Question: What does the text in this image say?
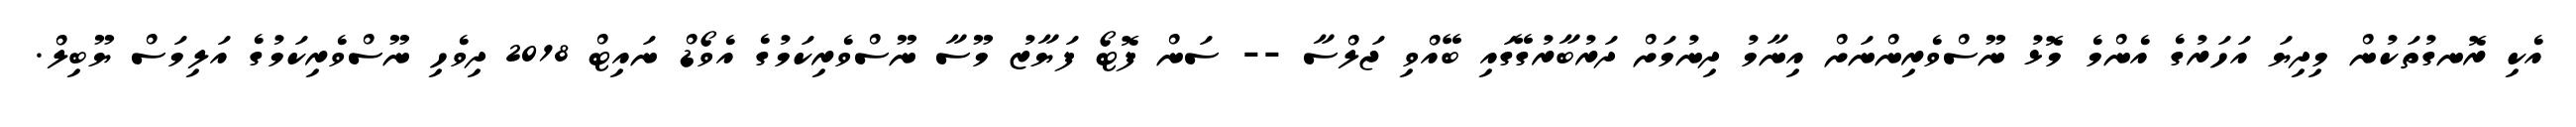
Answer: އެކި ރޮނގުތަކުން މިދިޔަ އަހަރުގެ އެންމެ މޮޅު ނޫސްވެރިންނަށް އިނާމު ދިނުމަށް ދަރުބާރުގޭގައި ބޭއްވި ޖަލްސާ -- ސަން ފޮޓޯ ފަޔާޒު މޫސާ ނޫސްވެރިކަމުގެ އެވޯޑް ނައިޓް 2018 ދިވެހި ނޫސްވެރިކަމުގެ އަލިމަސް ޔޫބިލް.